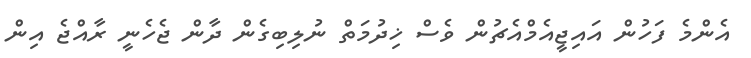
އެންމެ ފަހުން އައިޖީއެމްއެޗުން ވެސް ޚިދުމަތް ނުލިބިގެން ދާން ޖެހެނީ ރާއްޖެ އިން